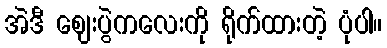
အဲဒီ ဈေးပွဲကလေးကို ရိုက်ထားတဲ့ ပုံပါ။